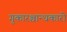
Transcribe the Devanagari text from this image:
गुकारश्चान्धकारो